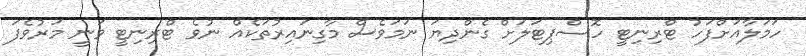
ހަމަލާއަށްފަހު ޓްރިނިޓީ ހޮސްޕިޓަލަށް ގެންދިޔަ ނަމަވެސް މާގިނައިރުތަކެއް ނުވެ ޓްރިނިޓީ ވަނީ މަރުވެފަ